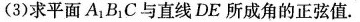
(3)求平面A_{1}B_{1}C与直线DE所成角的正弦值.